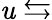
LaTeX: \mathit{u}\leftrightarrows